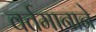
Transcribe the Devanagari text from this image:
वर्तमानाने